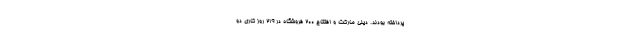
پرداخته بودند. دیلی مارکت و افتتاح 200 فروشگاه در 219 روز کاری دو